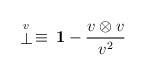
\begin{align*}\stackrel{\scriptstyle v}{\bot}\,\equiv\, {\bf 1}-\frac{v \otimes v }{v^2}\end{align*}